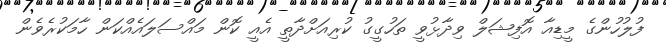
ފުލުހުންގެ މީޑިއާ އޮފިޝަލް ވިދާޅުވީ ތަހުގީގު ކުރިއަށްދާތީ އެއީ ކޮން މައްސަލައެއްކަން ހާމަކުރެވެން